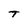
Character: T